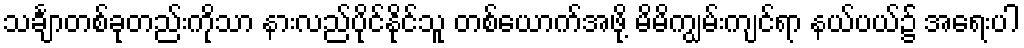
သင်္ချာတစ်ခုတည်းကိုသာ နားလည်ပိုင်နိုင်သူ တစ်ယောက်အဖို့ မိမိကျွမ်းကျင်ရာ နယ်ပယ်၌ အရေးပါ